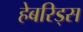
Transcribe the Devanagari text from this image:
हेबरिड्स